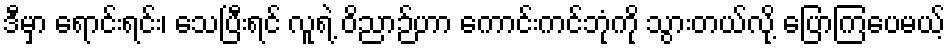
ဒီမှာ ရောင်းရင်း၊ သေပြီးရင် လူရဲ့ ဝိညာဉ်ဟာ ကောင်းကင်ဘုံကို သွားတယ်လို့ ပြောကြပေမယ့်